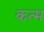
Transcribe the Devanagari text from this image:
कत्म